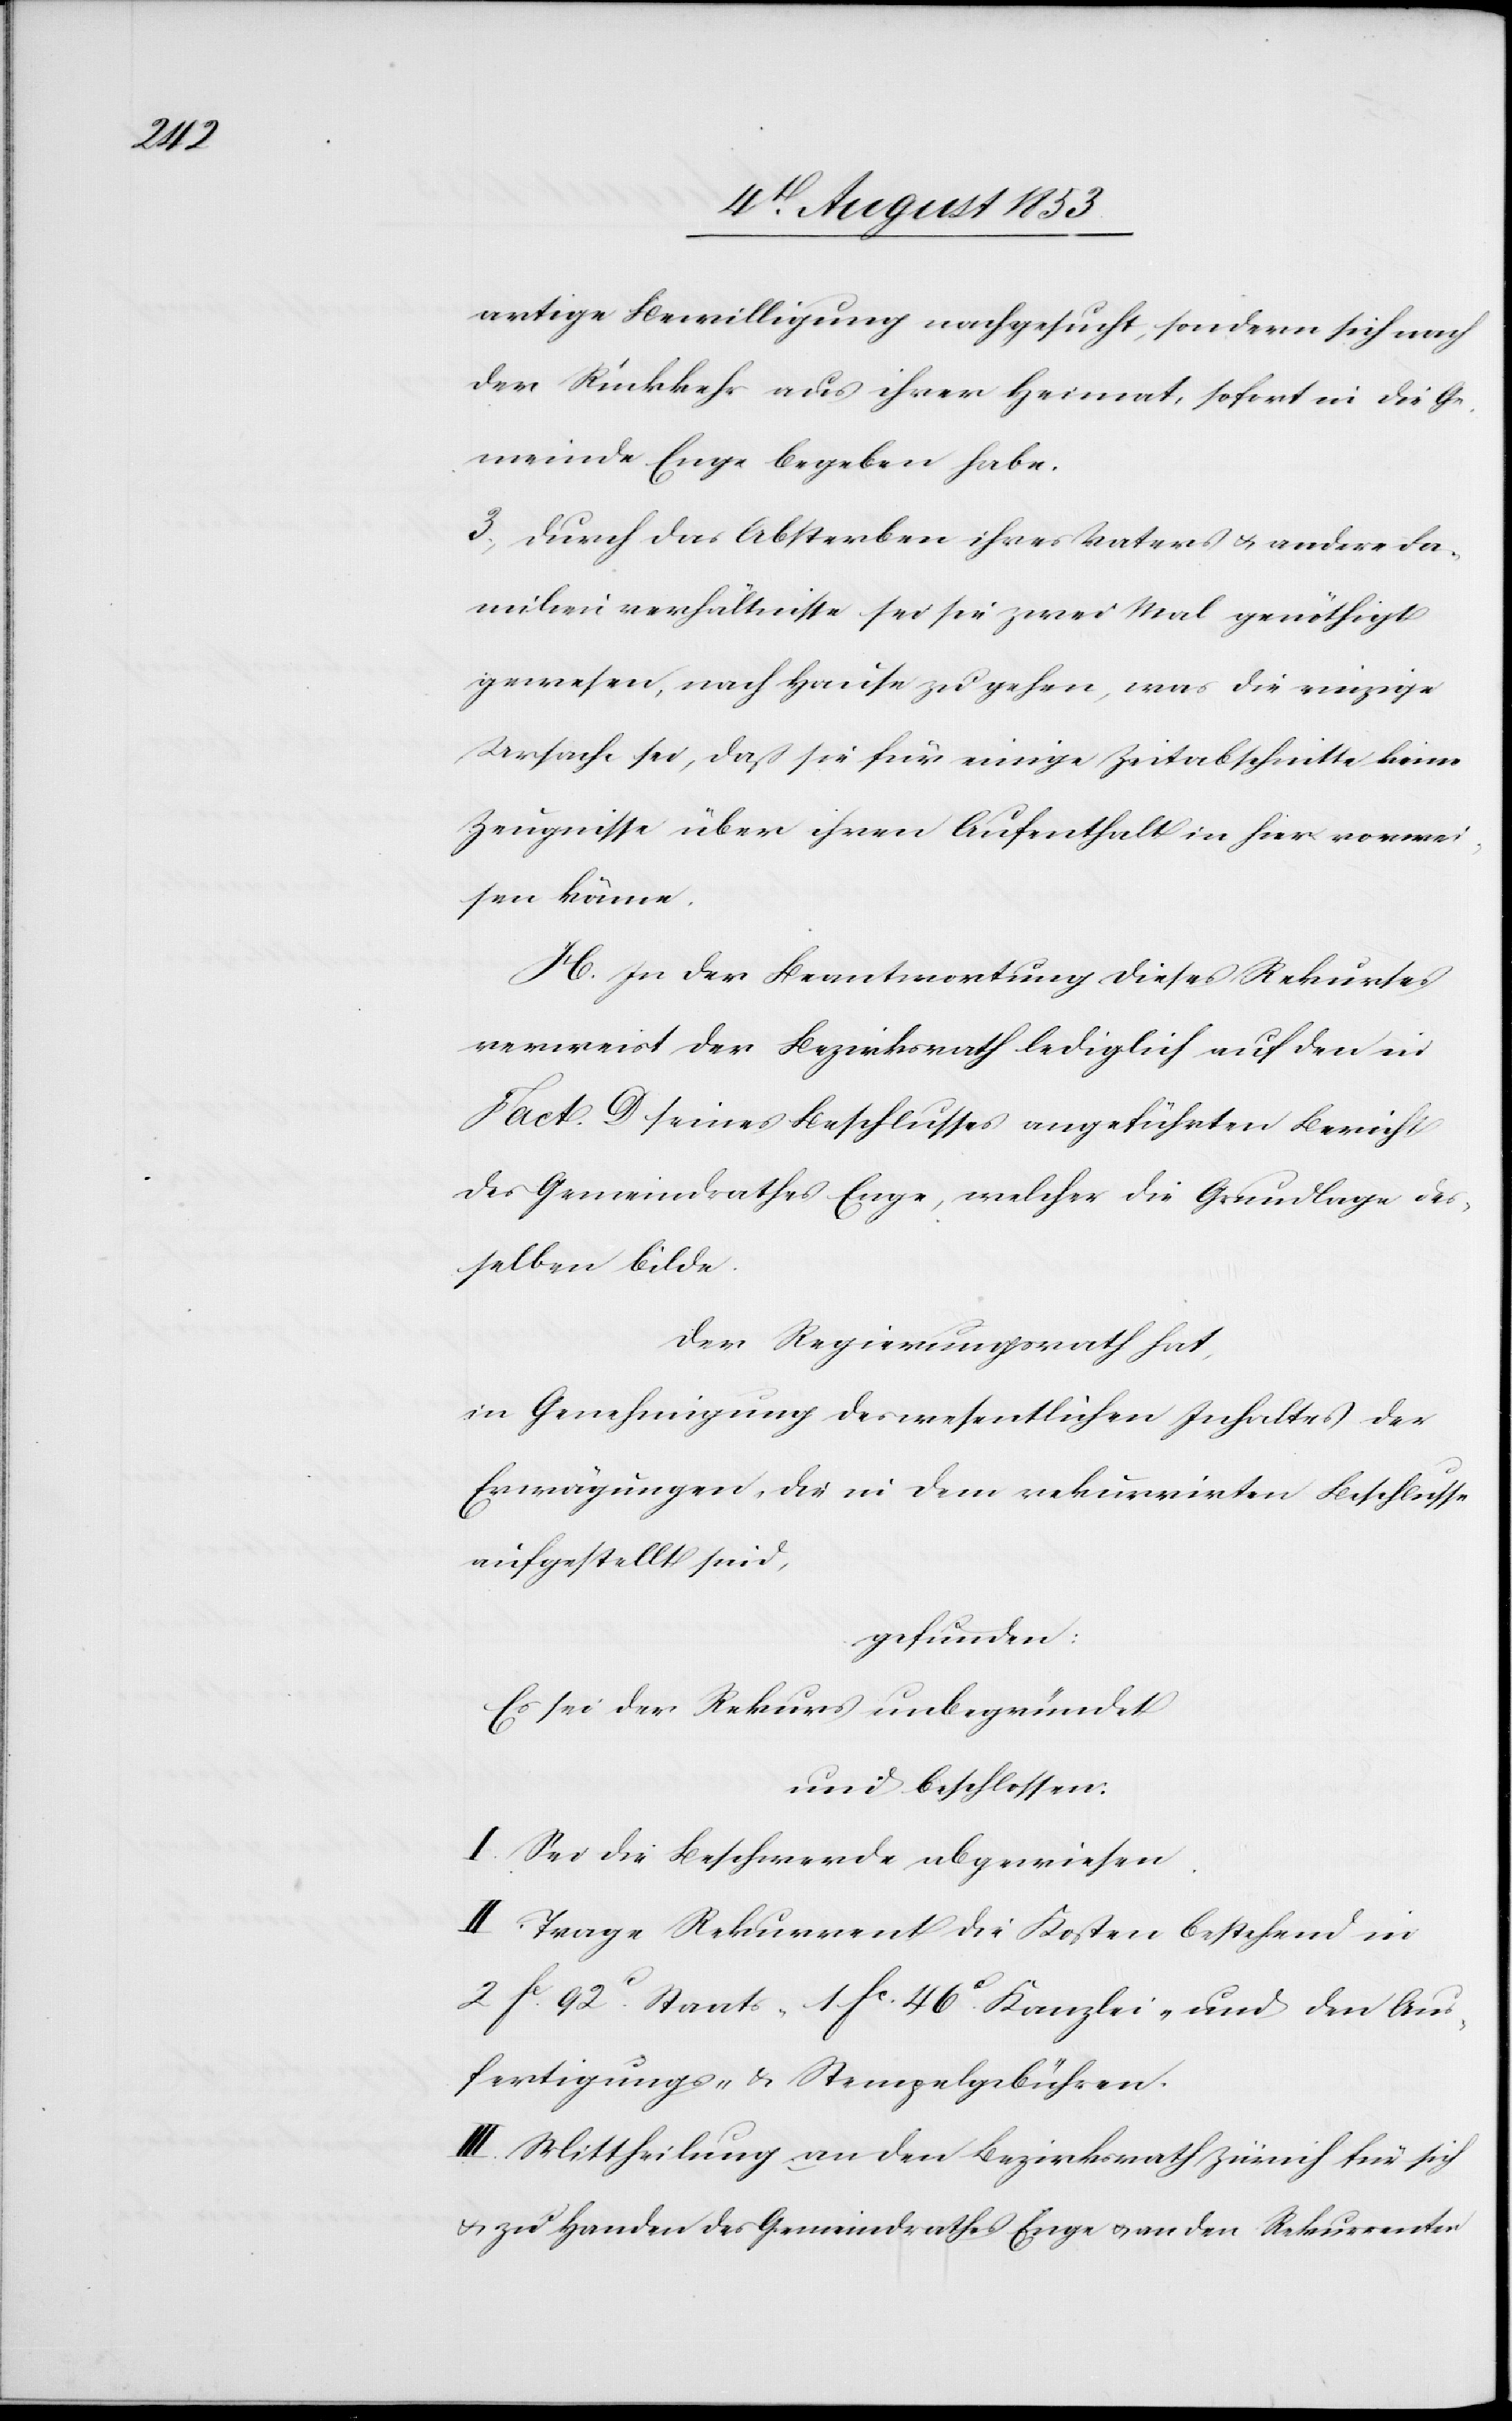
artige Bewilligung nachgesucht, sondern sich nach
der Rückkehr aus ihrer Heimat, sofort in die Ge¬
meinde Enge begeben habe.
3, Durch das Absterben ihres Vaters u. andere Fa¬
milienverhältnisse sei sie zwei Mal genöthigt
gewesen, nach Hause zu gehen, was die einzige
Ursache sei, daß sie für einige Zeitabschnitte keine
Zeugnisse über ihren Aufenthalte hier vorwei¬
sen könne.
H. In der Beantwortung dieses Rekurses
verweist der Bezirksrath lediglich auf den in
Fact. D seines Beschlusses angeführte Bericht
des Gemeindrathes Enge, welcher die Grundlage des¬
selben bilde.
Der Regierungsrath hat,
in Genehmigung des wesentlichen Inhaltes der
Erwägungen, die in dem rekurrirten Beschlusse
aufgestellt sind,
gefunden:
Es sei der Rekurs unbegründet
und beschlossen:
I. Sei die Beschwerde abgewiesen.
II. Trage Rekurrent die Kosten bestehend in
2 fc 92c Staats- 1 fc 46c Kanzlei- und den Aus¬
fertigungs- u. Stempelgebühren.
III. Mittheilung an den Bezirksrath Zürich für sich
und zu Handen des Gemeindrathes Enge u. an den Rekurrenten